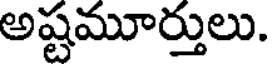
అష్టమూర్తులు.